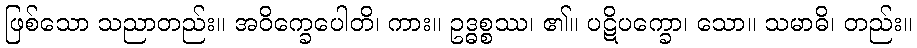
ဖြစ်သော သညာတည်း။ အဝိက္ခေပေါတိ၊ ကား။ ဥဒ္ဓစ္စဿ၊ ၏။ ပဋိပက္ခော၊ သော။ သမာဓိ၊ တည်း။